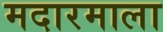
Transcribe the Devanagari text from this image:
मदारमाला